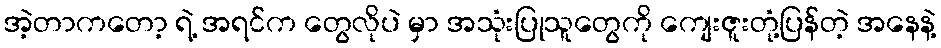
အဲ့တာကတော့ ရဲ့ အရင်က တွေလိုပဲ မှာ အသုံးပြုသူတွေကို ကျေးဇူးတုံ့ပြန်တဲ့ အနေနဲ့